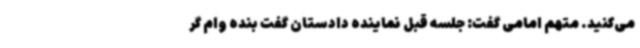
می‌کنید. متهم امامی گفت: جلسه قبل نماینده دادستان گفت بنده وام گر